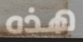
هذه